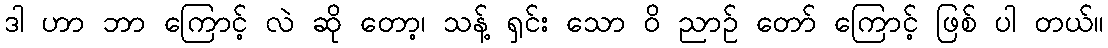
ဒါ ဟာ ဘာ ကြောင့် လဲ ဆို တော့၊ သန့် ရှင်း သော ဝိ ညာဉ် တော် ကြောင့် ဖြစ် ပါ တယ်။